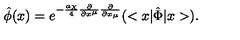
\hat { \phi } ( x ) = e ^ { - \frac { a { \chi } } { 4 } { \frac { \partial } { { \partial } x ^ { \mu } } } { \frac { \partial } { { \partial } x _ { \mu } } } } ( < x | { \hat { \Phi } } | x > ) .